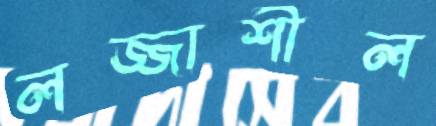
লজ্জাশীল